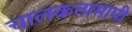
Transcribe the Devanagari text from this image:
चालकतामापी